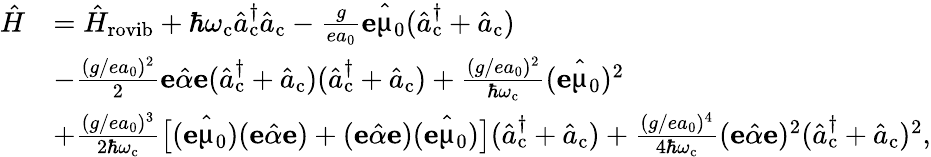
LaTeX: \begin{array}{rl}{\hat{H}}&{=\hat{H}_{\mathrm{rovib}}+\hbar\omega_{\mathrm{c}}\hat{a}_{\mathrm{c}}^{\dagger}\hat{a}_{\mathrm{c}}-\frac{g}{ea_{0}}\mathbf{e}\hat{\mathbf{\upmu}}_{0}(\hat{a}_{\mathrm{c}}^{\dagger}+\hat{a}_{\mathrm{c}})}\\ &{-\frac{(g/ea_{0})^{2}}{2}\mathbf{e}\hat{\mathbf{\alpha}}\mathbf{e}(\hat{a}_{\mathrm{c}}^{\dagger}+\hat{a}_{\mathrm{c}})(\hat{a}_{\mathrm{c}}^{\dagger}+\hat{a}_{\mathrm{c}})+\frac{(g/ea_{0})^{2}}{\hbar\omega_{\mathrm{c}}}(\mathbf{e}\hat{\mathbf{\upmu}}_{0})^{2}}\\ &{+\frac{(g/ea_{0})^{3}}{2\hbar\omega_{\mathrm{c}}}\big[(\mathbf{e}\hat{\mathbf{\upmu}}_{0})(\mathbf{e}\hat{\mathbf{\alpha}}\mathbf{e})+(\mathbf{e}\hat{\mathbf{\alpha}}\mathbf{e})(\mathbf{e}\hat{\mathbf{\upmu}}_{0})\big](\hat{a}_{\mathrm{c}}^{\dagger}+\hat{a}_{\mathrm{c}})+\frac{(g/ea_{0})^{4}}{4\hbar\omega_{\mathrm{c}}}(\mathbf{e}\hat{\mathbf{\alpha}}\mathbf{e})^{2}(\hat{a}_{\mathrm{c}}^{\dagger}+\hat{a}_{\mathrm{c}})^{2},}\end{array}